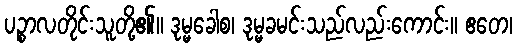
ပဉ္စာလတိုင်းသူတို့၏။ ဒုမ္မခေါစ၊ ဒုမ္မခမင်းသည်လည်းကောင်း။ ဧတေ၊